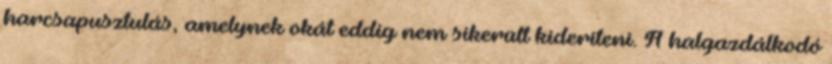
harcsapusztulás, amelynek okát eddig nem sikerült kideríteni. A halgazdálkodó